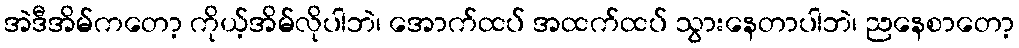
အဲဒီအိမ်ကတော့ ကိုယ့်အိမ်လိုပါဘဲ၊ အောက်ထပ် အထက်ထပ် သွားနေတာပါဘဲ၊ ညနေစာတော့